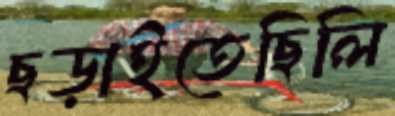
ছড়াইতেছিলি